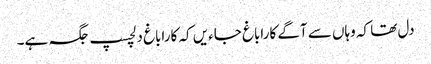
دل تھا کہ وہاں سے آگے کاراباغ جاءیں کہ کاراباغ دلچسپ جگہ ہے۔